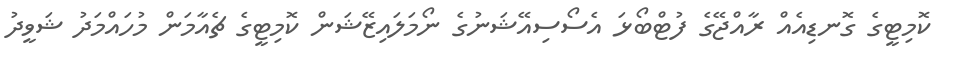
ކޮމިޓީގެ ގޮނޑިއެއް ރާއްޖޭގެ ފުޓްބޯޅަ އެސޯސިއޭޝަނުގެ ނޯމަލައިޒޭޝަން ކޮމިޓީގެ ޗެއާމަން މުހައްމަދު ޝަވީދު